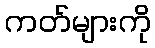
ကတ်များကို